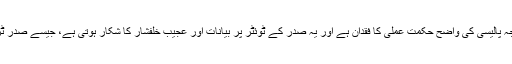
مجموعی طور پر ٹرمپ انتظامیہ میں خارجہ پالیسی کی واضح حکمت عملی کا فقدان ہے اور یہ صدر کے ٹوئٹر پر بیانات اور عجیب خلفشار کا شکار ہوتی ہے، جیسے صدر ٹرمپ کا گرین لینڈ خریدنے کی نئی خواہش۔